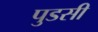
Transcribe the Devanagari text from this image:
पुडसी